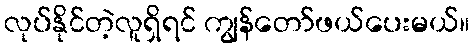
လုပ်နိုင်တဲ့လူရှိရင် ကျွန်တော်ဖယ်ပေးမယ်။